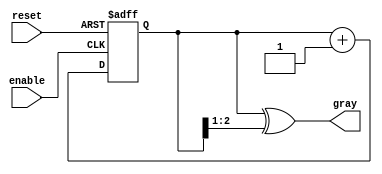
module gray_code_async_counter (
    input wire reset,          // Asynchronous reset
    input wire enable,         // Enable signal for counting
    output reg [N-1:0] gray    // Gray code output
);
    parameter N = 3; // Number of bits for the Gray code counter

    // Internal binary counter representation
    reg [N-1:0] binary_count;

    // Function to convert binary to Gray code
    function [N-1:0] bin_to_gray;
        input [N-1:0] binary;
        begin
            bin_to_gray = binary ^ (binary >> 1);
        end
    endfunction

    // Asynchronous reset and counting logic
    always @(posedge enable or posedge reset) begin
        if (reset) begin
            binary_count <= 0; // Reset binary count to 0
        end else begin
            binary_count <= binary_count + 1; // Increment binary count
        end
    end

    // Update gray code output based on binary count
    always @(*) begin
        gray = bin_to_gray(binary_count); // Convert binary to Gray code
    end

endmodule